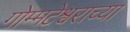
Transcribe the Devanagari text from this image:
गोम्मटेश्वराच्या